Some observations on the poison of the banded krait (Bungarus fasciatus) - Number 7
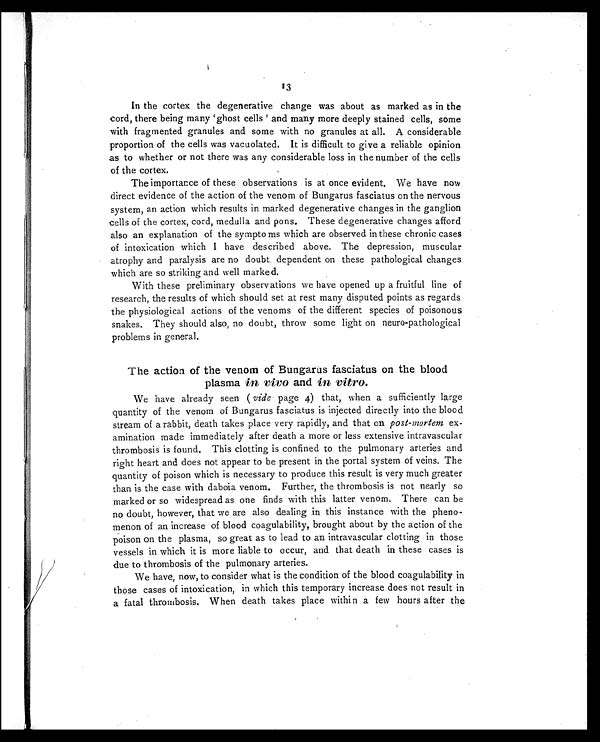
13
In the cortex the degenerative change was about as marked as in the
cord, there being many 'ghost cells ' and many more deeply stained cells, some
with fragmented granules and some with no granules at all. A considerable
proportion of the cells was vacuolated. It is difficult to give a reliable opinion
as to whether or not there was any considerable loss in the number of the cells
of the cortex.
The importance of these observations is at once evident. We have now
direct evidence of the action of the venom of Bungarus fasciatus on the nervous
system, an action which results in marked degenerative changes in the ganglion
cells of the cortex, cord, medulla and pons. These degenerative changes afford
also an explanation of the sympto ms which are observed in these chronic cases
of intoxication which I have described above. The depression, muscular
atrophy and paralysis are no doubt dependent on these pathological changes
which are so striking and well marked.
With these preliminary observations we have opened up a fruitful line of
research, the results of which should set at rest many disputed points as regards
the physiological actions of the venoms of the different species of poisonous
snakes. They should also, no doubt, throw some light on neuro-pathological
problems in general.
The action of the venom of Bungarus fasciatus on the blood
plasma in vivo and in vitro.
We have already seen (vide page 4) that, when a sufficiently large
quantity of the venom of Bungarus fasciatus is injected directly into the blood
stream of a rabbit, death takes place very rapidly, and that on post-mortem ex-
amination made immediately after death a more or less extensive intravascular
thrombosis is found. This clotting is confined to the pulmonary arteries and
right heart and does not appear to be present in the portal system of veins. The
quantity of poison which is necessary to produce this result is very much greater
than is the case with daboia venom. Further, the thrombosis is not nearly so
marked or so widespread as one finds with this latter venom. There can be
no doubt, however, that we are also dealing in this instance with the pheno-
menon of an increase of blood coagulability, brought about by the action of the
poison on the plasma, so great as to lead to an intravascular clotting in those
vessels in which it is more liable to occur, and that death in these cases is
due to thrombosis of the pulmonary arteries.
We have, now, to consider what is the condition of the blood coagulability in
those cases of intoxication, in which this temporary increase does not result in
a fatal thrombosis. When death takes place within a few hours after the